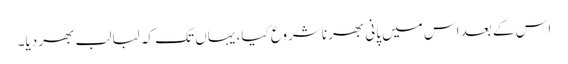
اس کے بعد اس میں پانی بھرنا شروع کیا، یہاں تک کہ لبالب بھر دیا۔